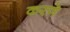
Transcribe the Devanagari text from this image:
करणॆ